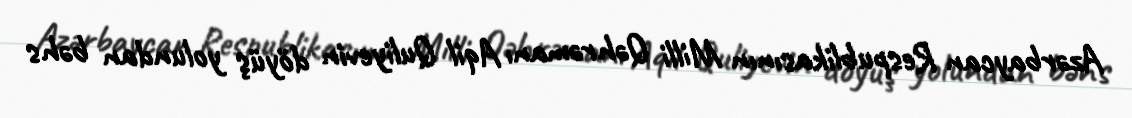
Azərbaycan Respublikasının Milli Qəhrəmanı Aqil Quliyevin döyüş yolundan bəhs